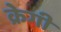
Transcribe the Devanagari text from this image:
क्रेगी